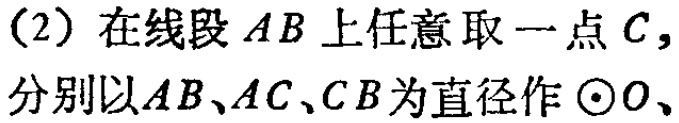
（2）在线段 \(AB\) 上任意取一点 \(C\)，分别以 \(AB、AC、CB\) 为直径作 \(\odot O\)、